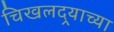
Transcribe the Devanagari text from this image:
चिखलदर्‍याच्या